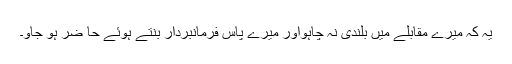
یہ کہ میرے مقابلے میں بلندی نہ چاہواور میرے پاس فرمانبردار بنتے ہوئے حا ضر ہو جاؤ۔